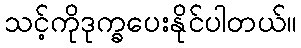
သင့်ကိုဒုက္ခပေးနိုင်ပါတယ်။